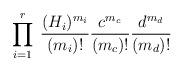
LaTeX: \begin{align*}\prod_{i=1}^r\;\frac{(H_i)^{m_i}}{(m_i)!}\frac{c^{m_c}}{(m_c)!}\frac{d^{m_d}}{(m_d)!}\end{align*}